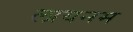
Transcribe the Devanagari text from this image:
लायनम